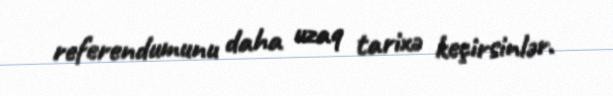
referendumunu daha uzaq tarixə keçirsinlər.